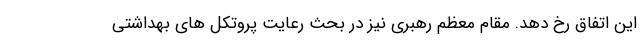
این اتفاق رخ دهد. مقام معظم رهبری نیز در بحث رعایت پروتکل های بهداشتی